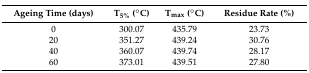
<table><thead><tr><td><b>Ageing Time (Days)</b></td><td><b>T<sub>5%</sub> (°C)</b></td><td><b>T<sub>max</sub> (°C)</b></td><td><b>Residue Rate (%)</b></td></tr></thead><tbody><tr><td>0</td><td>300.07</td><td>435.79</td><td>23.73</td></tr><tr><td>20</td><td>351.27</td><td>439.24</td><td>30.76</td></tr><tr><td>40</td><td>360.07</td><td>439.74</td><td>28.17</td></tr><tr><td>60</td><td>373.01</td><td>439.51</td><td>27.80</td></tr></tbody></table>